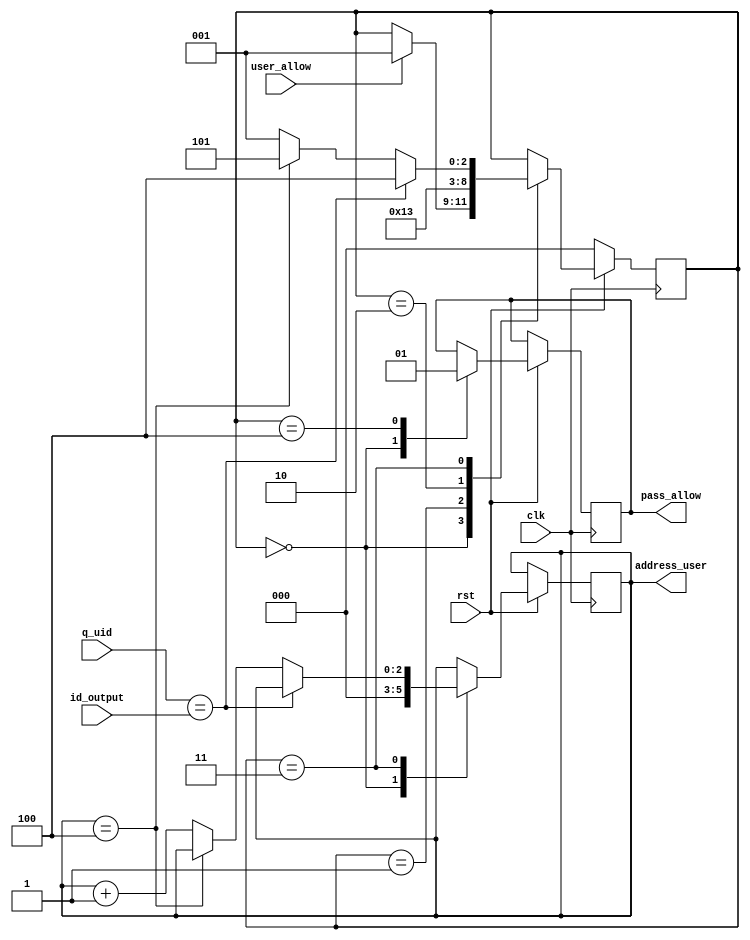
module user_id_controller(clk, rst, id_output, user_allow, q_uid, address_user, pass_allow);

input clk, rst;
input [15:0] q_uid;
input [15:0] id_output;
input user_allow;


output [2:0] address_user;
output pass_allow;
reg pass_allow;
reg [2:0] address_user;

parameter INIT=0;
parameter WAIT_1=1;
parameter WAIT_2=2;
parameter COMPARE=3;
parameter ASSIGN=4;
parameter FINISH=5;

reg [2:0] state;

always@(posedge clk)
	begin
		if (rst==1'b0)
			begin
				state<=INIT;
			end
		else
			begin
				case(state)
					
					INIT:
						begin
							pass_allow<=1'b0;
							address_user<=3'b000;
							if(user_allow==1'b1)
								begin
									state<=WAIT_1;
								end
						end
					
					WAIT_1:
						begin
							state<=WAIT_2;
						end
					
					WAIT_2:
						begin
							state<=COMPARE;
						end	
						
					COMPARE:
						begin
							if (q_uid==id_output)
								begin
									state<=ASSIGN;
								end
							else
								begin
									if(address_user==3'b100)
										begin
											state<=FINISH;
										end
									else
										begin
											address_user<=address_user+1;
											state<=WAIT_1;
										end		
								end
						end
					
					ASSIGN:
						begin
							pass_allow<=1'b1;
							state<=state;
						end
					
					FINISH:
						begin
							state<=state;
						end
						
					endcase
			end
	end


endmodule